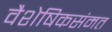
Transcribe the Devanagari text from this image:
वैशेषिकसंमत